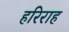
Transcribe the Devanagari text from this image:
हरिराह